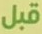
قبل